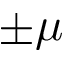
\pm \mu